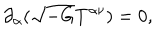
\partial _ { \alpha } ( \sqrt { - G } T ^ { \alpha \nu } ) = 0 ,